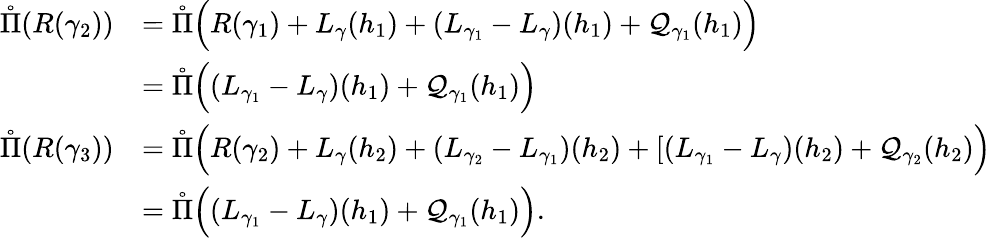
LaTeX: \begin{array}{rl}{\mathring\Pi(R(\gamma_{2}))}&{=\mathring\Pi\Big(R(\gamma_{1})+L_{\gamma}(h_{1})+(L_{\gamma_{1}}-L_{\gamma})(h_{1})+\mathcal Q_{\gamma_{1}}(h_{1})\Big)}\\ &{=\mathring\Pi\Big((L_{\gamma_{1}}-L_{\gamma})(h_{1})+\mathcal Q_{\gamma_{1}}(h_{1})\Big)}\\ {\mathring\Pi(R(\gamma_{3}))}&{=\mathring\Pi\Big(R(\gamma_{2})+L_{\gamma}(h_{2})+(L_{\gamma_{2}}-L_{\gamma_{1}})(h_{2})+[(L_{\gamma_{1}}-L_{\gamma})(h_{2})+\mathcal Q_{\gamma_{2}}(h_{2})\Big)}\\ &{=\mathring\Pi\Big((L_{\gamma_{1}}-L_{\gamma})(h_{1})+\mathcal Q_{\gamma_{1}}(h_{1})\Big).}\end{array}